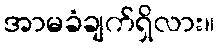
အာမခံချက်ရှိလား။